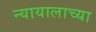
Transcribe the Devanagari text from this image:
न्यायालाच्या